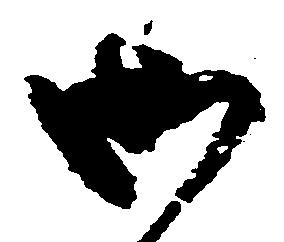
御